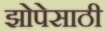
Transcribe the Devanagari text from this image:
झोपेसाठी